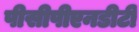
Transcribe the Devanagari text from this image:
पीसीपीएनडीटी